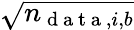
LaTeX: \sqrt{n_{\mathrm{~d~a~t~a~},i,b}}